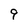
Character: 9